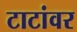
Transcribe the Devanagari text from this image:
टाटांवर